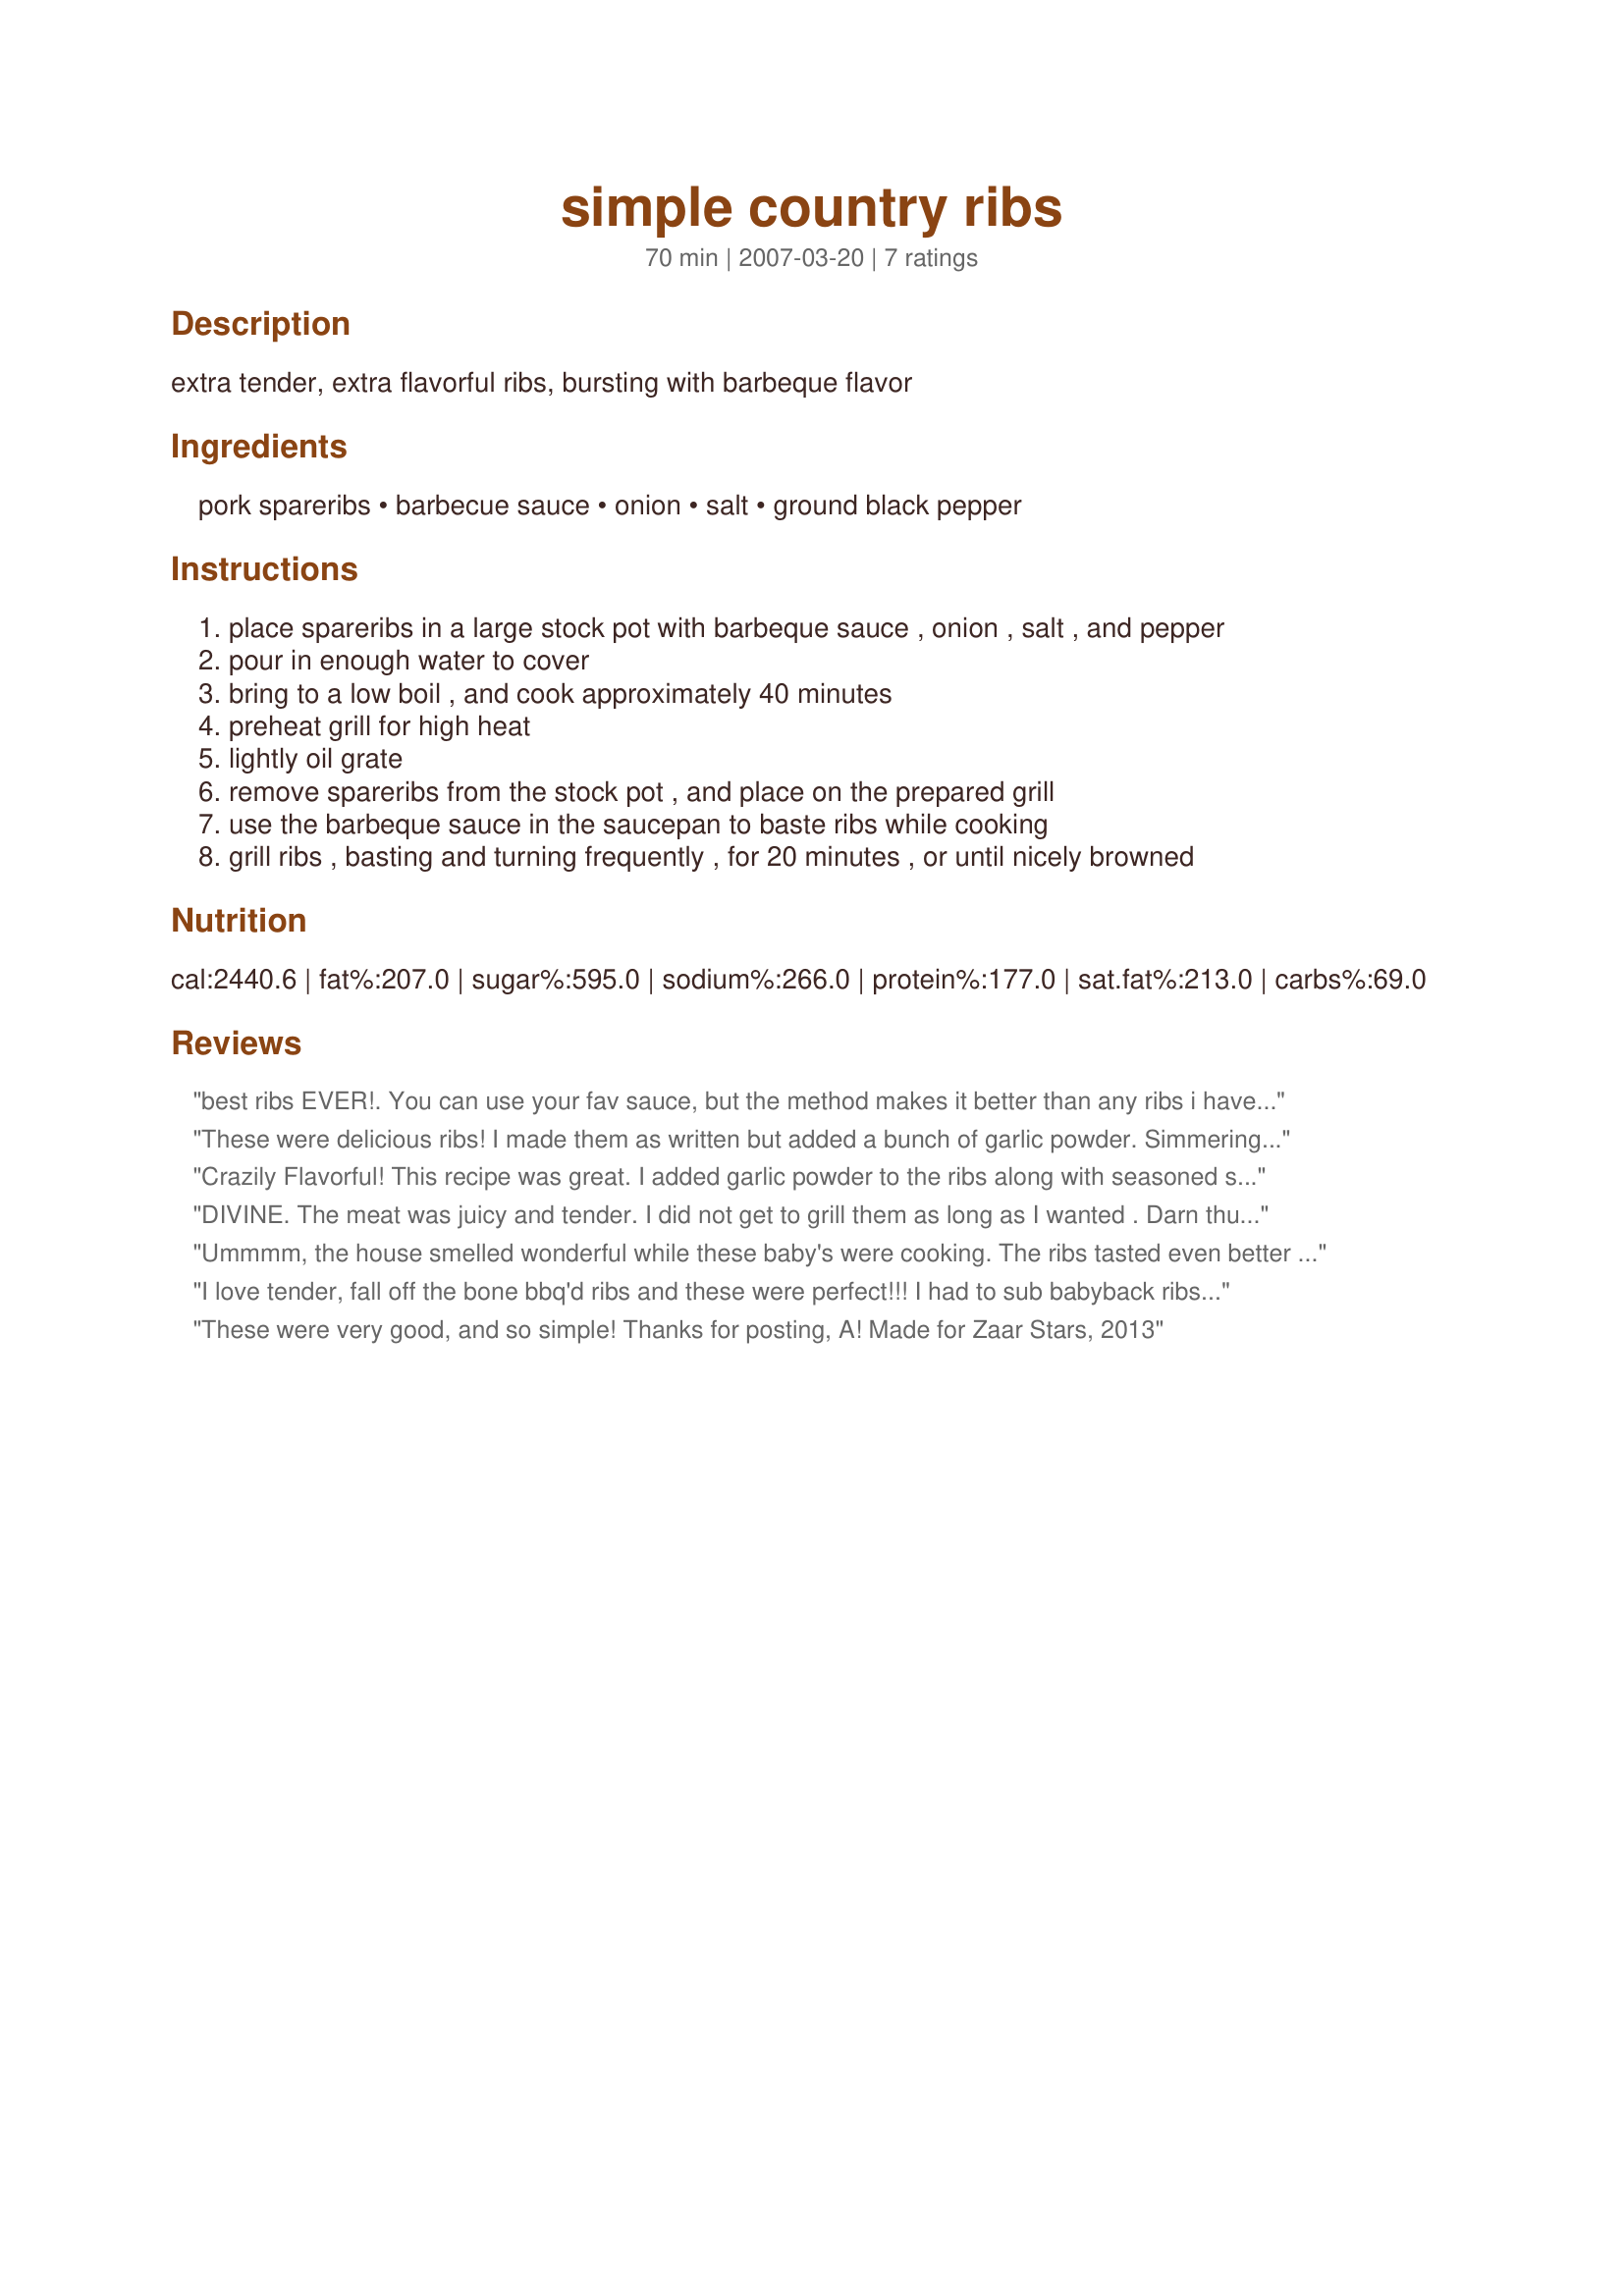
simple country ribs
Preparation time: 70 minutes

extra tender, extra flavorful ribs, bursting with barbeque flavor

Ingredients:
pork spareribs, barbecue sauce, onion, salt, ground black pepper

Steps:
place spareribs in a large stock pot with barbeque sauce , onion , salt , and pepper
pour in enough water to cover
bring to a low boil , and cook approximately 40 minutes
preheat grill for high heat
lightly oil grate
remove spareribs from the stock pot , and place on the prepared grill
use the barbeque sauce in the saucepan to baste ribs while cooking
grill ribs , basting and turning frequently , for 20 minutes , or until nicely browned

Reviews:
best ribs EVER!. You can use your fav sauce, but the method makes it better than any ribs i have had. So tender, falling of the bone with the sauce penetrating through.
These were delicious ribs! I made them as written but added a bunch of garlic powder. Simmering them gave them a nice flavor and seemed to help the sauce and seasonings penetrate the meat better. Thanks, Annacia.
Crazily Flavorful! This recipe was great. I added garlic powder to the ribs along with seasoned salt and pepper before boiling. Finished it off in the oven. Boiling the meat makes a huge difference. Turned out so tender. Thanks for the recipe!
DIVINE.
The meat was juicy and tender.
I did not get to grill them as long as I wanted . Darn thunderstorm LOL
This recipe will be used again and again
Going in my Divine recipes cookbook
Made for 1,2,3 Hits Wonder
Ummmm, the house smelled wonderful while these baby's were cooking. The ribs tasted even better than they smelled. These pork ribs were perfect, tender and oh so flavorful. The meat just fell off of the bones, so good. I added salt, pepper and garlic powder to my bbq sauce along with a little sweet chilli sauce, didn't have enough bbq sauce, it worked beautifully in this dish. I had to finish these under the broiler as we were having a small snow squall. A lovely addition to our mashed potatoes and beans. Thanks for sharing another winner my friend. Into my Favorites Cookbook for 2013 this dish goes.
I love tender, fall off the bone bbq'd ribs and these were perfect!!! I had to sub babyback ribs as that is what I had in the freezer. Since these were big thick ribs, I also had to cook them longer. I used Montgomery Inn BBQ Sauce and used a mixture of salt, pepper and garlic powder for the seasoning. Thanks for sharing Annacia. Made for photo tag.
These were very good, and so simple! Thanks for posting, A! Made for Zaar Stars, 2013
